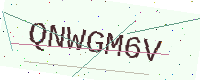
Text: QNWGM6V